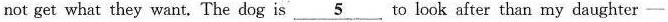
not get what they want. The dog is \underline{5} to look after than my daughter—